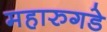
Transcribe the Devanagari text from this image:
महारुगडे